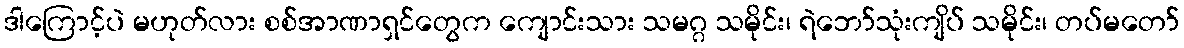
ဒါကြောင့်ပဲ မဟုတ်လား စစ်အာဏာရှင်တွေက ကျောင်းသား သမဂ္ဂ သမိုင်း၊ ရဲဘော်သုံးကျိပ် သမိုင်း၊ တပ်မတော်